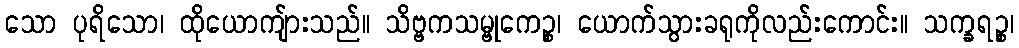
သော ပုရိသော၊ ထိုယောကျ်ားသည်။ သိဗ္ဗကသမ္ဗုကေဉ္စ၊ ယောက်သွားခရုကိုလည်းကောင်း။ သက္ခရဉ္စ၊